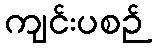
ကျင်းပစဉ်